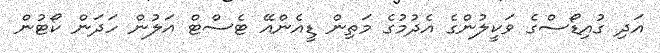
އަދި ގުއިޑޯސްގެ ވަކީލުންގެ އެދުމުގެ މަތިން ޑީއެންއޭ ޓެސްޓް އަލުން ހަަދަން ކޯޓުން